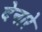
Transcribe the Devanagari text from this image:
देनारे